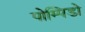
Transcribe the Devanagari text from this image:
पोम्पिडो